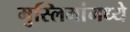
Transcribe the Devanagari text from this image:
मुस्लिमांमध्ये